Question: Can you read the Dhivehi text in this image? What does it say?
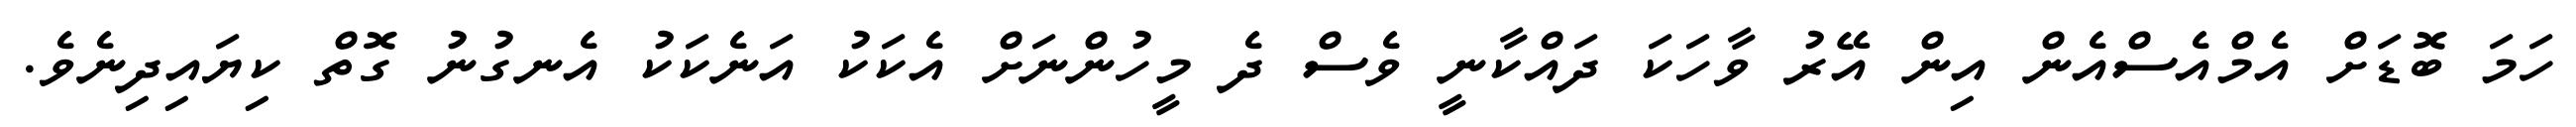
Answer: ހަމަ ބޮޑަށް އެމްއެސްއެން އިން އޭރު ވާހަކަ ދައްކާނީ ވެސް ދެ މީހުންނަށް އެކަކު އަނެކަކު އެނގުނު ގޮތް ކިޔައިދިނެވެ.